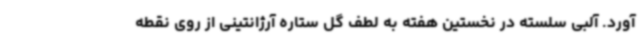
آورد. آلبی سلسته در نخستین هفته به لطف گل ستاره آرژانتینی از روی نقطه